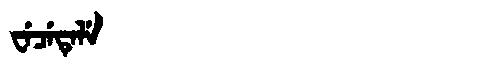
Manchu: ᠸᡝᠴᡝᡨᡝᠯᡝ
Romanization: WECETELE